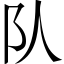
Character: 队